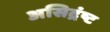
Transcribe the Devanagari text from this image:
असिद्रंष्ट